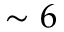
\sim 6